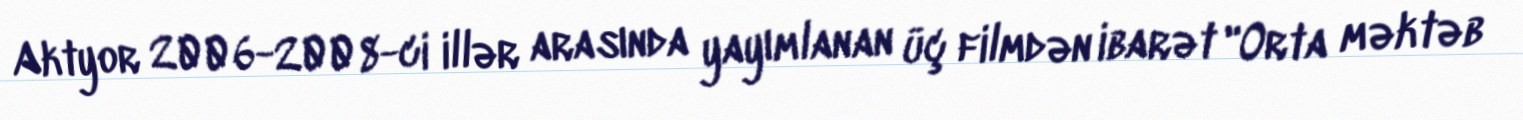
Aktyor 2006-2008-ci illər arasında yayımlanan üç filmdən ibarət "Orta məktəb